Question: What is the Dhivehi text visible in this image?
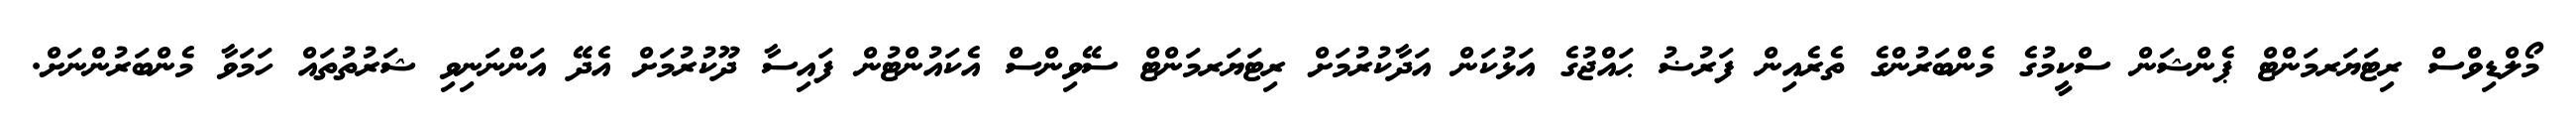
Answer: މޯލްޑިވްސް ރިޓަޔަރމަންޓް ޕެންޝަން ސްކީމުގެ މެންބަރުންގެ ތެރެއިން ފަރުޟު ޙައްޖުގެ އަޅުކަން އަދާކުރުމަށް ރިޓަޔަރމަންޓް ސޭވިންސް އެކައުންޓުން ފައިސާ ދޫކުރުމަށް އެދޭ އަންނަނިވި ޝަރުތުތައް ހަމަވާ މެންބަރުންނަށް.